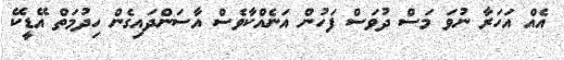
އެއް އަހަރާ ނުވަ މަސް ދުވަސް ފަހުން އަނެއްކާވެސް އާސަންދައިގެން ހިދުމަތް އޭޑީކޭ